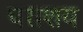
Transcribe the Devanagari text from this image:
पराशय